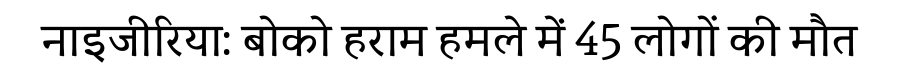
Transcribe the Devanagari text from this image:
नाइजीरिया: बोको हराम हमले में 45 लोगों की मौत